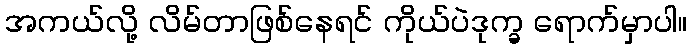
အကယ်လို့ လိမ်တာဖြစ်နေရင် ကိုယ်ပဲဒုက္ခ ရောက်မှာပါ။